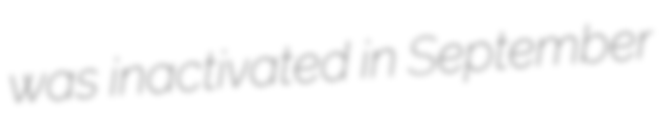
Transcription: was inactivated in September